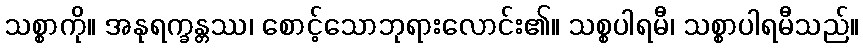
သစ္စာကို။ အနုရက္ခန္တဿ၊ စောင့်သောဘုရားလောင်း၏။ သစ္စပါရမီ၊ သစ္စာပါရမီသည်။